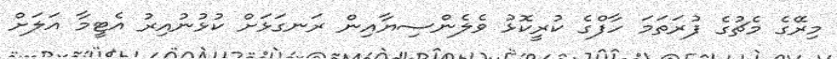
މިރޭގެ މެޗުގެ ފުރަތަމަ ހާފްގެ ކުރީކޮޅު ވެލެންސިޔާއިން ރަނގަޅަށް ކުޅުނުއިރު އެޓީމާ އަލަށް